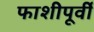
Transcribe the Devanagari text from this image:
फाशीपूर्वी